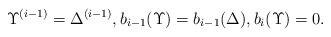
LaTeX: \begin{align*}\Upsilon^{(i-1)}=\Delta^{(i-1)}, b_{i-1} (\Upsilon)=b_{i-1} (\Delta),b_{i}(\Upsilon)=0.\end{align*}